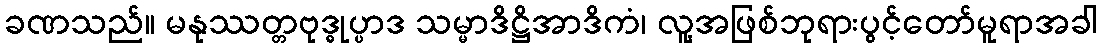
ခဏသည်။ မနုဿတ္တဗုဒ္ဓုပ္ပာဒ သမ္မာဒိဋ္ဌိအာဒိကံ၊ လူ့အဖြစ်ဘုရားပွင့်တော်မူရာအခါ